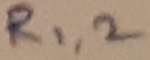
Text: R1,2